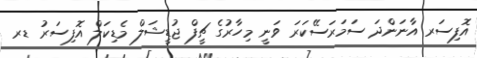
އޮފިސަރ އާނަންދަ ސަމަރަސޭކަރަ ވަނީ މިހާރުގެ ޗީފް ޖުޑީޝަލް މެޑިކަލް އޮފިސަރު ޑރ